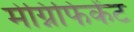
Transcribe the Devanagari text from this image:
मेग्निफिकेंट